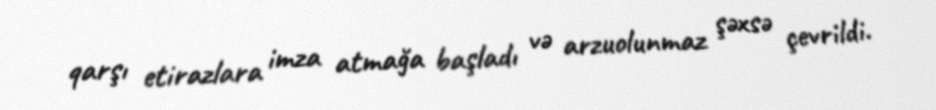
qarşı etirazlara imza atmağa başladı və arzuolunmaz şəxsə çevrildi.